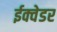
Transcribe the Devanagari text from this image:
ईक्वेडर